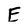
Character: E